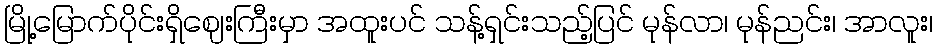
မြို့မြောက်ပိုင်းရှိဈေးကြီးမှာ အထူးပင် သန့်ရှင်းသည့်ပြင် မုန်လာ၊ မုန်ညင်း၊ အာလူး၊